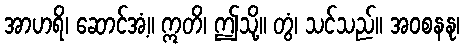
အာဟရိ၊ ဆောင်အံ့။ ဣတိ၊ ဤသို့။ တွံ၊ သင်သည်။ အဝစနနု၊